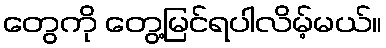
တွေကို တွေ့မြင်ရပါလိမ့်မယ်။